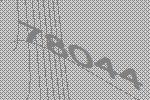
78044